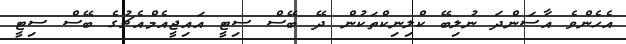
އެހެންވެ އާސަންދަ ނުލިބޭ ކްލިނިކްތަކުން ދޭ ބޭސް ސިޓީ އައިޖީއެމްއެޗުގެ ބޭސް ސިޓީ